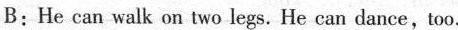
B:He can walk on two legs. He can dance, too.